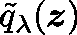
\tilde { q } _ { \mathbf { \lambda } } ( \boldsymbol { z } )